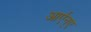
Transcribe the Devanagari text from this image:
आर्एन्ए